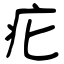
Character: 疕